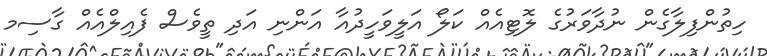
ހިތުންފިލާގެން ނުދާވަރުގެ ލޮޓިއެއް ކަލޯ އަލީވަހީދުއާ އަންނި އަދި ތީވެސް ފެއިލްއެއް ގާސިމ